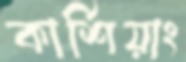
কার্শিয়াং